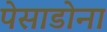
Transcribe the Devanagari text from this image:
पेसाडोना